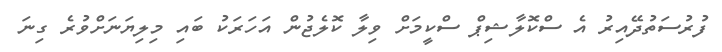
ފުރުސަތުދޭއިރު އެ ސްކޮލާޝިޕް ސްކީމަށް ވިލާ ކޮލެޖުން އަހަރަކު ބައި މިލިޔަނަށްވުރެ ގިނަ